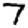
Digit: 7